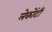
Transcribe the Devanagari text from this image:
लेकोंटी